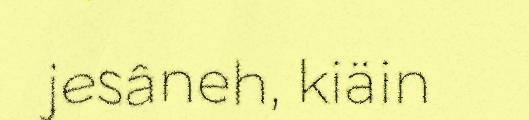
jesâneh, kiäin